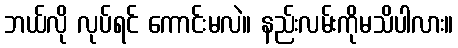
ဘယ်လို လုပ်ရင် ကောင်းမလဲ။ နည်းလမ်းကိုမသိပါလား။